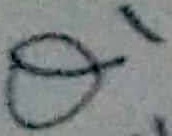
Text: Q1